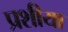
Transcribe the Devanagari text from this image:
प्रशीया